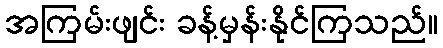
အကြမ်းဖျင်း ခန့်မှန်းနိုင်ကြသည်။